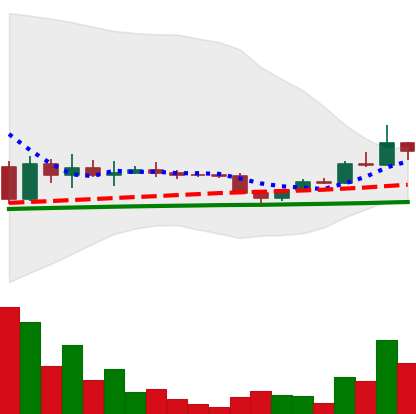
Ticker: DOGE-USD
Chart end date: 2022-11-28
Forward return: 4.943%
Label: up_3_5